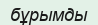
бұрымды